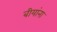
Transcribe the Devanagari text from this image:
बीयांना